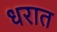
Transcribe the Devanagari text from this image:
धरात